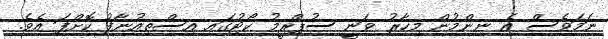
ނަމަވެސް އެ ނިންމުން މިހާރު ވަނީ ސުޕްރީމު ކޯޓުގައި އިސްތިއުނާފު ކޮށްފަ އެވެ.